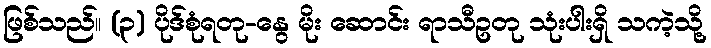
ဖြစ်သည်။ (၃) ပိုဒ်စုံရတု-နွေ မိုး ဆောင်း ရာသီဥတု သုံးပါးရှိ သကဲ့သို့